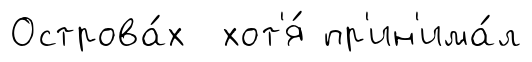
Острова́х хот'я́ пр'ин'има́л